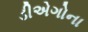
ડીએગોના